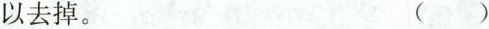
去掉。 ()